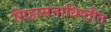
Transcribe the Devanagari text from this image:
सिंहासनाधिष्ठीत